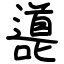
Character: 㘏